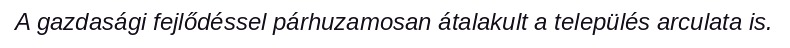
A gazdasági fejlődéssel párhuzamosan átalakult a település arculata is.